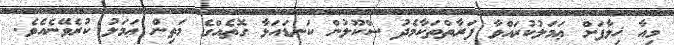
މިއާ ޚިލާފަށް ޢަމަލުކުރައްވާ ފަރާތްތަކާމެދު ސްކޫލުން ކަނޑައަޅާ ގޮތެއްގެ މަތިން ޢަމަލު ކުރެވޭނެއެވެ.